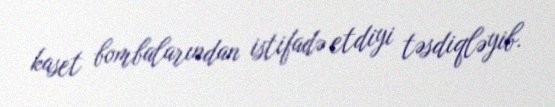
kaset bombalarından istifadə etdiyi təsdiqləyib.